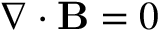
\nabla \cdot { \mathbf B } = 0